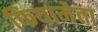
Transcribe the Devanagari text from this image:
फियामेता